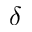
\delta